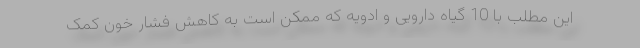
این مطلب با 10 گیاه دارویی و ادویه که ممکن است به کاهش فشار خون کمک